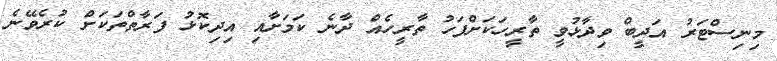
މިނިސްޓަރު އަދީބް ވިދާޅުވީ ތާރީހަކަށްފަހު ތާރީހެއް ދާނެ ކަމަށާއި އިދިކޮޅު ފަރާތްތަކަށް ކުރެވޭނެ